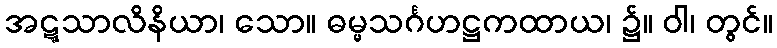
အဋ္ဋသာလိနိယာ၊ သော။ ဓမ္မသင်္ဂဟဋ္ဌကထာယ၊ ၌။ ဝါ၊ တွင်။